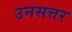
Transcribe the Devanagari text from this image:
उनसत्तर